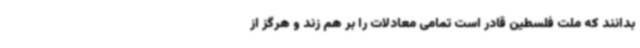
بدانند که ملت فلسطین قادر است تمامی معادلات را بر هم زند و هرگز از